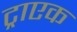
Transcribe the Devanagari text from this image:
ट्राएक